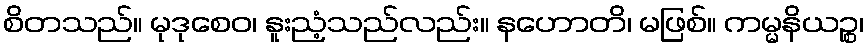
စိတသည်။ မုဒုစေဝ၊ နူးညံ့သည်လည်း။ နဟောတိ၊ မဖြစ်။ ကမ္မနိယဉ္စ၊